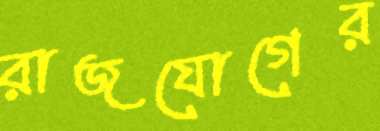
রাজযোগের